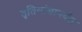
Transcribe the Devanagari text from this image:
तृतियांशापर्यंत